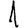
Digit: 1